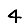
Digit: 4